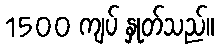
1500 ကျပ် နှုတ်သည်။